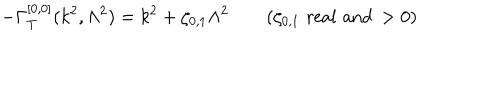
LaTeX: - \Gamma _ { T } ^ { [ 0 , 0 ] } ( k ^ { 2 } , \Lambda ^ { 2 } ) = k ^ { 2 } + \zeta _ { 0 , 1 } \Lambda ^ { 2 } \qquad ( \zeta _ { 0 , 1 } \, \, \mathrm { { r e a l \, \, a n d } } \, > 0 )